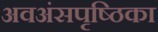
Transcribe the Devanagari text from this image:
अवअंसपृष्ठिका